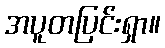
အပူတပြင်းရှာ။